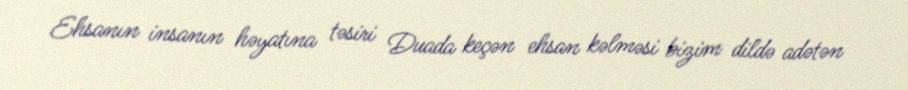
Ehsanın insanın həyatına təsiri Duada keçən ehsan kəlməsi bizim dildə adətən